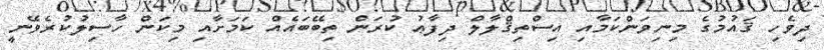
ދިވެހި ޤައުމުގެ މިނިވަންކަމާއި އިސްތިޤްލާލް ދިފާޢު ކުރަން ތިބޭބައެއް ކަމަށާއި މިކަން ހާސިލުކުރެވޭނީ